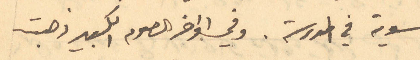
سوية في المدرسة. وفي اواخر الصوم الكبير ذهبت